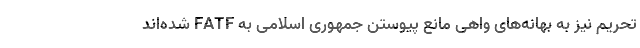
تحریم نیز به بهانه‌های واهی مانع پیوستن جمهوری اسلامی به FATF شده‌اند